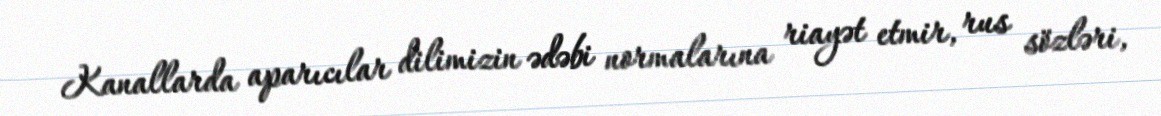
Kanallarda aparıcılar dilimizin ədəbi normalarına riayət etmir, rus sözləri,